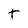
Character: t